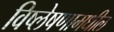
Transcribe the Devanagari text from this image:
विष्लेषणामधील